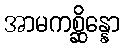
အာမကစ္ဆိန္နော